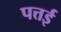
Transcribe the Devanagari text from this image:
पत्तई